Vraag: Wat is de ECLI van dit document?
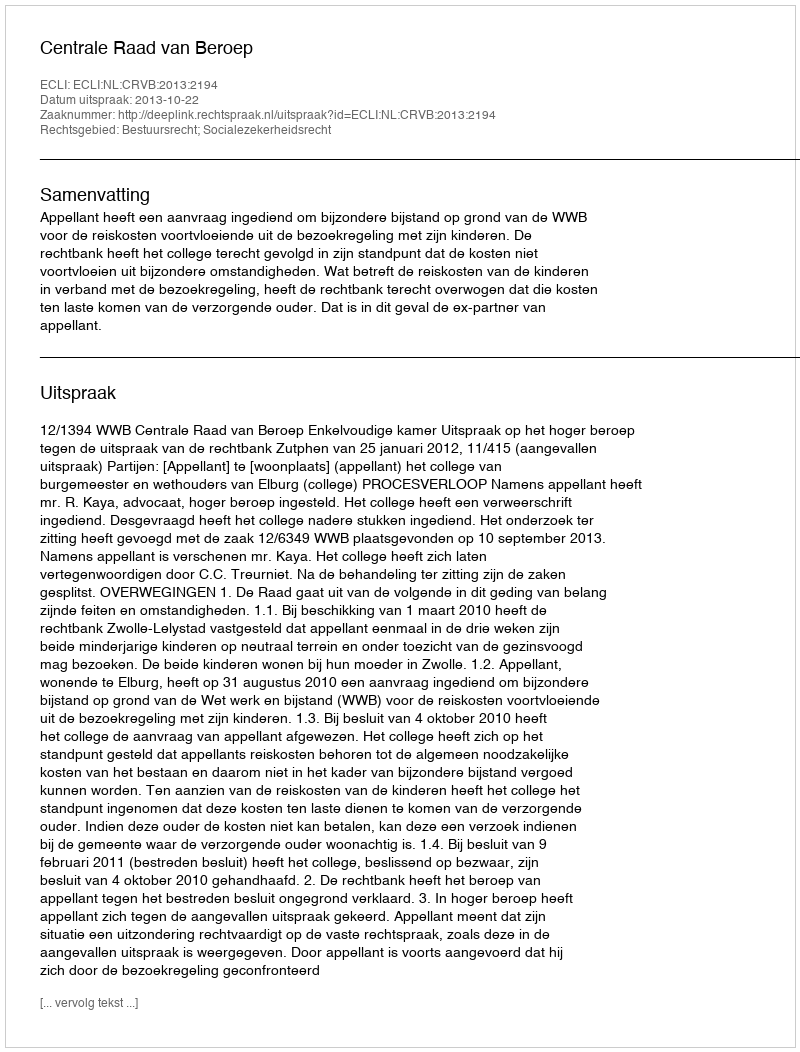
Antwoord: ECLI:NL:CRVB:2013:2194